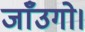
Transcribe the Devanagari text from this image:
जाँउगो।